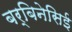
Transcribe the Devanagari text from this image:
बर्बिनेसिई